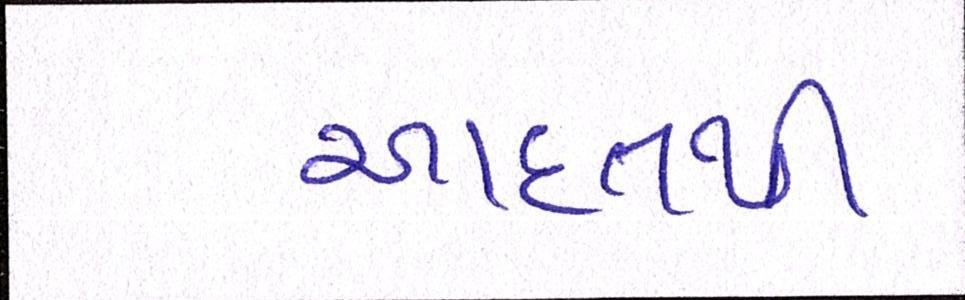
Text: આદતથી